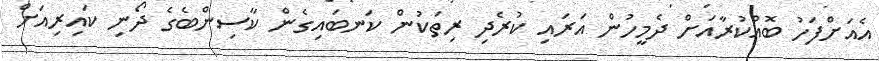
އެއަށްފަހު ބޮއްކުރާއަށް ދެމީހުން އަރައި ކުރެދި ރިތަކުން ކަނބައިގެން ކާސިންބެގެ ދޯނި ކައިރިއަށް